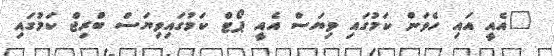
"އެއީ އައި ހެވަން ކަމުގައި ވިޔަސް އެއީ ޕޯޓް ކަމުގައިވިޔަސް ބްރިޖް ކަމުގައި